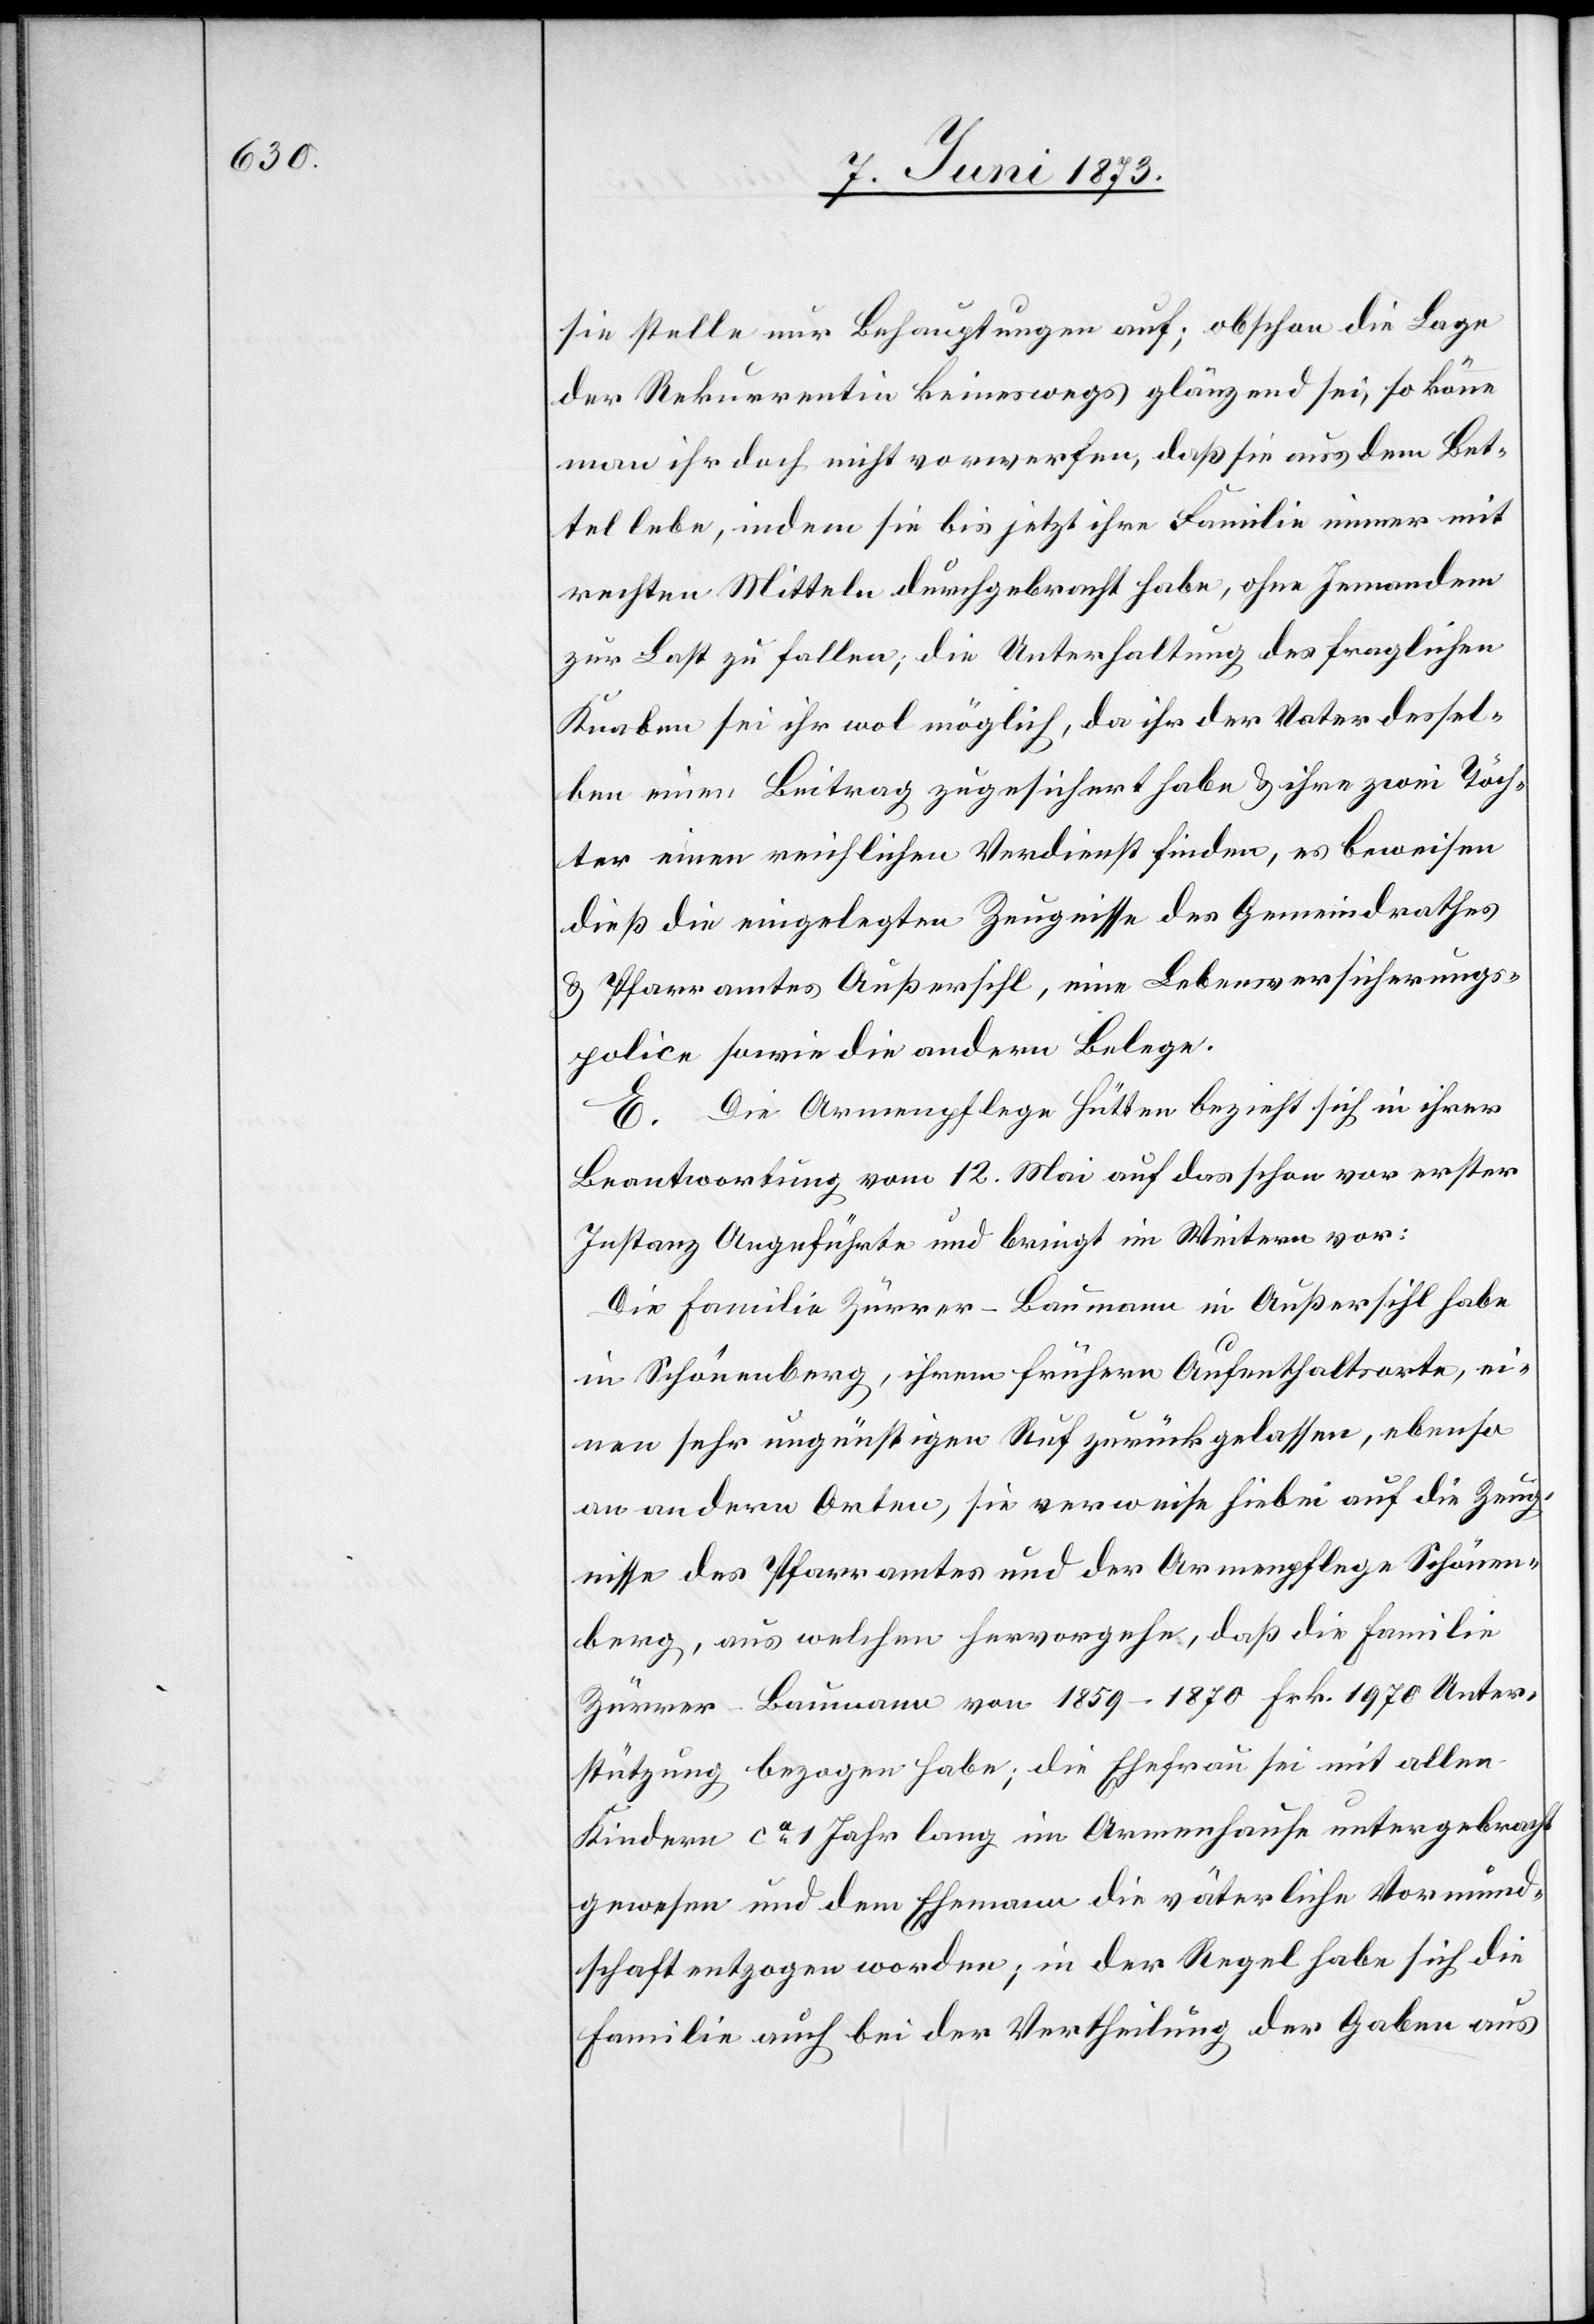
sie stelle nur Behauptungen auf; obschon die Lage
der Rekurrentin keineswegs glänzend sei, so könne
man ihr doch nicht vorwerfen, daß sie aus dem Bet¬
tel lebe, indem sie bis jetzt ihre Familie immer mit
rechten Mitteln durchgebracht habe, ohne Jemandem
zur Last zu fallen; die Unterhaltung des fraglichen
Knaben sei ihr wol möglich, da ihr der Vater dessel¬
ben einen Beitrag zugesichert habe & ihre zwei Töch¬
ter einen reichlichen Verdienst finden, es beweisen
dieß die eingelegten Zeugnisse des Gemeindrathes
& Pfarramtes Außersihl, eine Lebensversicherungs¬
police sowie die andern Belege.
E. Die Armenpflege Hütten bezieht sich in ihrer
Beantwortung vom 12. Mai auf das schon vor erster
Instanz Angeführte und bringt im Weitern vor:
Die Familie Zürrer-Baumann in Außersihl habe
in Schönenberg, ihrem frühern Aufenthaltsorte, ei¬
nen sehr ungünstigen Ruf zurückgelassen, ebenso
an andern Orten, sie verweise hiebei auf die Zeug¬
nisse des Pfarramtes und der Armenpflege Schönen¬
berg, aus welchem hervorgehe, daß die Familie
Zürrer-Baumann von 1859–1870 Frk. 1 970 Unter¬
stützung bezogen habe; die Ehefrau sei mit allen
Kindern ca 1 Jahr lang im Armenhause untergebracht
gewesen und dem Ehemann die väterliche Vormund¬
schaft entzogen worden; in der Regel habe sich die
Familie auch bei der Vertheilung der Gaben aus